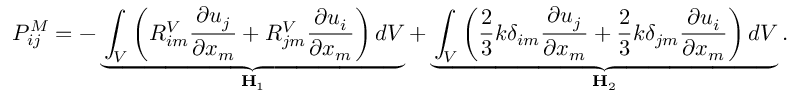
P _ { i j } ^ { M } = - \underbrace { \int _ { V } \left( R _ { i m } ^ { V } \frac { \partial u _ { j } } { \partial x _ { m } } + R _ { j m } ^ { V } \frac { \partial u _ { i } } { \partial x _ { m } } \right) d V } _ { \mathbf { H } _ { 1 } } + \underbrace { \int _ { V } \left( \frac { 2 } { 3 } k \delta _ { i m } \frac { \partial u _ { j } } { \partial x _ { m } } + \frac { 2 } { 3 } k \delta _ { j m } \frac { \partial u _ { i } } { \partial x _ { m } } \right) d V } _ { \mathbf { H } _ { 2 } } .